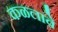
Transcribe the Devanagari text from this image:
कळलावे